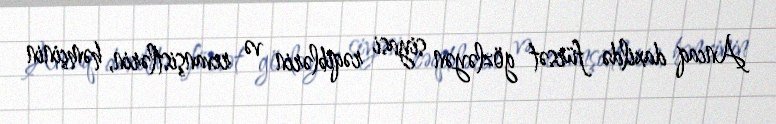
Ancaq daxildə fürsət gözləyən siyasi rəqiblərin və revanşistlərin, həmçinin